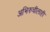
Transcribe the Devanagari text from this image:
अभिरुचीलाही